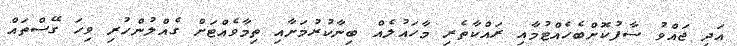
އަދި ޖައްވު ސާފުކޮށްބެހެއްޓުމާއި ރައްކާތެރި މާހައުލެއް ބިނާކުރުމަށާއި ތިމާވެއްޓަށް ގެއްލުންހުރި ވިހަ ގޭސްތައް